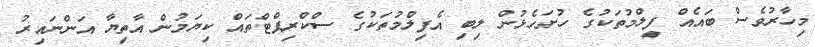
މިހާރުވެސް ބައެއް ފިލްމުތަކުގެ ހުށަހެޅުން ލިބި އެފިލްމުތަކުގެ ސްކްރިޕްޓްތައް ކިޔަމުން އާތިޔާ އަންނައިރު